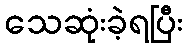
သေဆုံးခဲ့ရပြီး